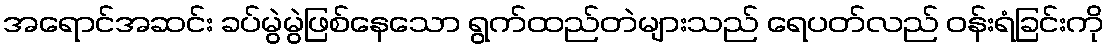
အရောင်အဆင်း ခပ်မွဲမွဲဖြစ်နေသော ရွက်ထည်တဲများသည် ရေပတ်လည် ဝန်းရံခြင်းကို